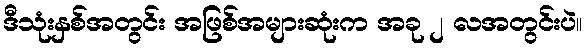
ဒီသုံးနှစ်အတွင်း အဖြစ်အများဆုံးက အခု ၂ လအတွင်းပဲ။